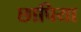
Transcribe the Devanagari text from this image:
छापिया